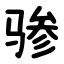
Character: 骖